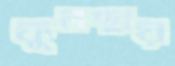
ফুলছায়